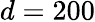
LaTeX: d=200